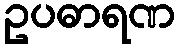
ဥပဓာရဏ